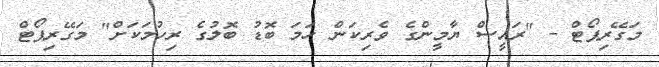
މަގޭރިޕޯޓް - "ރައީސް ޔާމީންގެ ވެރިކަން ހަމަ ބޮޑު ބޮލުގެ ރިހުމަކަށް" މަގޭރިޕޯޓް